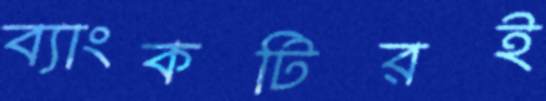
ব্যাংকটিরই